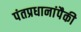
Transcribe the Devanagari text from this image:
पंतप्रधानांपैकी